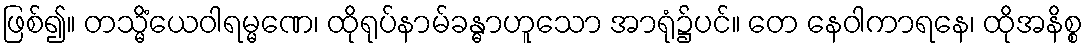
ဖြစ်၍။ တသ္မိံယေဝါရမ္မဏေ၊ ထိုရုပ်နာမ်ခန္ဓာဟူသော အာရုံ၌ပင်။ တေ နေဝါကာရနေ၊ ထိုအနိစ္စ